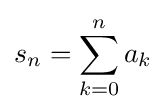
s_{n}=\sum _{k=0}^{n}a_{k}\!